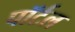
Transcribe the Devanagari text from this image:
पॉर्टल